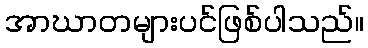
အာဃာတများပင်ဖြစ်ပါသည်။